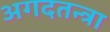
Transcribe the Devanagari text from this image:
अगदतन्त्रा